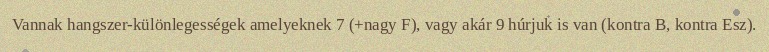
Vannak hangszer-különlegességek amelyeknek 7 (+nagy F), vagy akár 9 húrjuk is van (kontra B, kontra Esz).